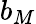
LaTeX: b_{M}